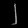
Digit: ၂